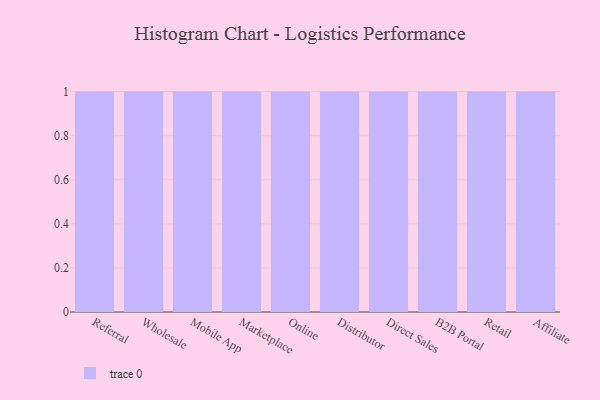
{"axis": {"x": "Channel", "y": "LTV (USD)"}, "legend": [""], "data": [{"x": "Referral", "y": 13, "type": ""}, {"x": "Wholesale", "y": 62, "type": ""}, {"x": "Mobile App", "y": 84, "type": ""}, {"x": "Marketplace", "y": 43, "type": ""}, {"x": "Online", "y": 1, "type": ""}, {"x": "Distributor", "y": 32, "type": ""}, {"x": "Direct Sales", "y": 32, "type": ""}, {"x": "B2B Portal", "y": 97, "type": ""}, {"x": "Retail", "y": 61, "type": ""}, {"x": "Affiliate", "y": 1, "type": ""}]}